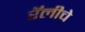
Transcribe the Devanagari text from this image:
रॅलीचे